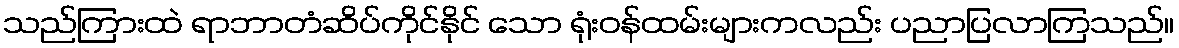
သည်ကြားထဲ ရာဘာတံဆိပ်ကိုင်နိုင် သော ရုံးဝန်ထမ်းများကလည်း ပညာပြလာကြသည်။